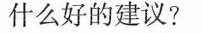
什么好的建议?